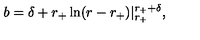
b = \delta + r _ { + } \ln ( r - r _ { + } ) | _ { r _ { + } } ^ { r _ { + } + \delta } ,